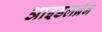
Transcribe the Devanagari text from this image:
आइडलब्रेन